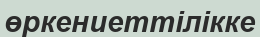
өркениеттілікке